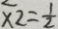
x _ { 2 } = \frac { 1 } { 2 }